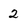
Character: 2